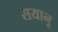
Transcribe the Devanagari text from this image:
सयानू